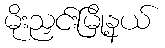
မိုးညှင်းမြို့နယ်